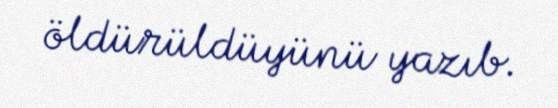
öldürüldüyünü yazıb.